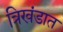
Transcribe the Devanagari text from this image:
त्रिखंडात